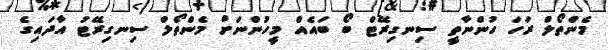
މެންތޯލް ރަހަ ހުންނާތީ ސިނގިރޭޓް ބޯ ބައެއް މީހުންނަށް މެންތޯލް ސިނގިރޭޓު އާދައިގެ